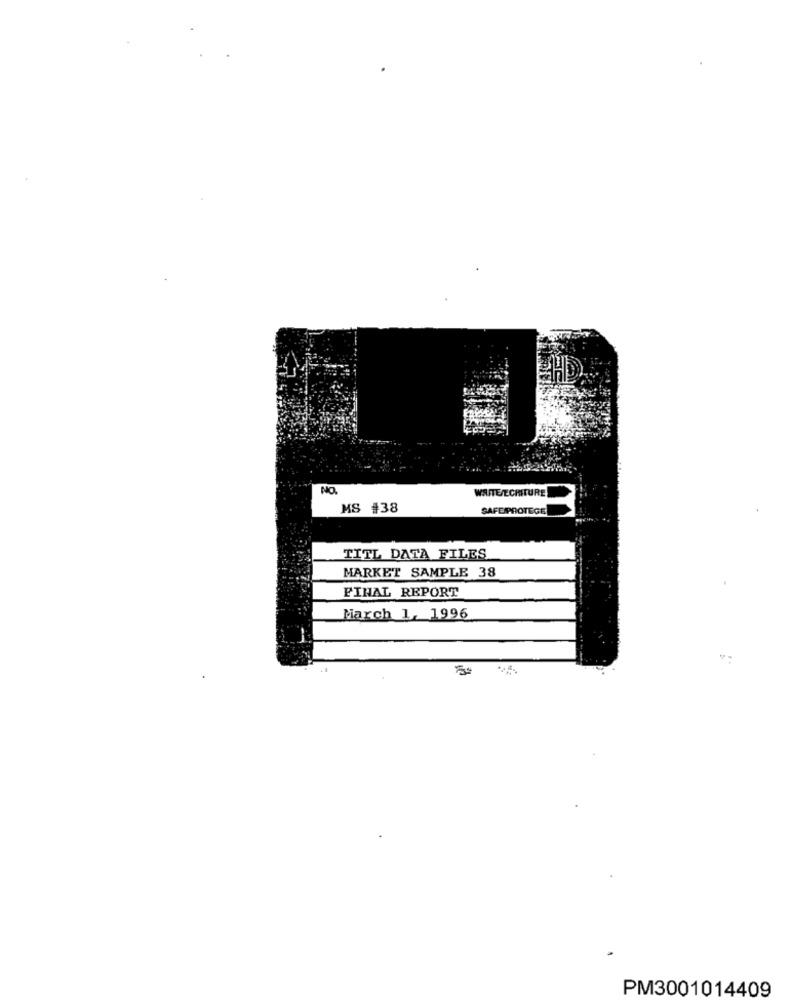
WSUITE/ECRITURE
MS #38
SAFEIPROTEGE
TITL DATA FILES
MARKET SAMPLE 38
FINAL REPORT
March 1, 1996
PM3001014409